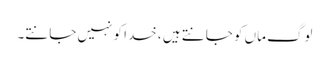
لوگ ماں کو جانتے ہیں ، خدا کو نہیں جانتے۔